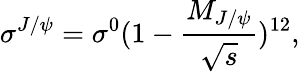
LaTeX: \sigma^{J/\psi}=\sigma^{0}(1-\frac{M_{J/\psi}}{\sqrt{s}})^{12},